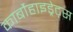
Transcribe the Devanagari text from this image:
कार्बोहाइड्रेट्‌स